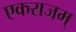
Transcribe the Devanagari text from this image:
एकराजम्